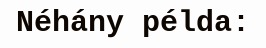
Néhány példa: